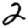
Digit: 2